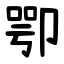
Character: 卾